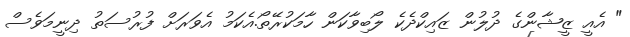
" އެއީ ޒީޝާންގެ ދުލުން ޒައިކްދެކެ ލޯބިވާކަން ހާމަކުރޭތޯ.އެކަމު އެވަރަށް ފުރުސަތު ދިނީމަވެސް